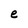
Character: e